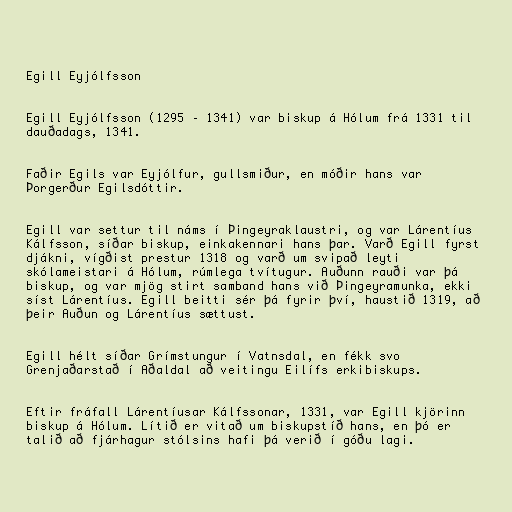
Egill Eyjólfsson

Egill Eyjólfsson (1295 – 1341) var biskup á Hólum frá 1331 til
dauðadags, 1341.

Faðir Egils var Eyjólfur, gullsmiður, en móðir hans var
Þorgerður Egilsdóttir.

Egill var settur til náms í Þingeyraklaustri, og var Lárentíus
Kálfsson, síðar biskup, einkakennari hans þar. Varð Egill fyrst
djákni, vígðist prestur 1318 og varð um svipað leyti
skólameistari á Hólum, rúmlega tvítugur. Auðunn rauði var þá
biskup, og var mjög stirt samband hans við Þingeyramunka, ekki
síst Lárentíus. Egill beitti sér þá fyrir því, haustið 1319, að
þeir Auðun og Lárentíus sættust.

Egill hélt síðar Grímstungur í Vatnsdal, en fékk svo
Grenjaðarstað í Aðaldal að veitingu Eilífs erkibiskups.

Eftir fráfall Lárentíusar Kálfssonar, 1331, var Egill kjörinn
biskup á Hólum. Lítið er vitað um biskupstíð hans, en þó er
talið að fjárhagur stólsins hafi þá verið í góðu lagi.